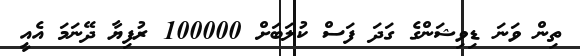
ތިން ވަނަ ޑިވިޝަންގެ ގަދަ ފަސް ކުލަބަށް 100000 ރުފިޔާ ދޭނަމަ އެއީ